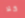
كلا